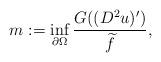
LaTeX: \begin{align*}m := \inf_{\partial \Omega} \frac{G ((D^2 u)')}{\widetilde{f}},\end{align*}